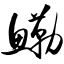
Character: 鳓